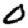
Digit: 0